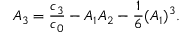
A _ { 3 } = { \frac { c _ { 3 } } { c _ { 0 } } } - A _ { 1 } A _ { 2 } - { \frac { 1 } { 6 } } ( A _ { 1 } ) ^ { 3 } .